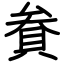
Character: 貵